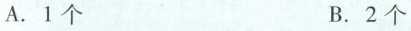
A. 1个 B. 2个